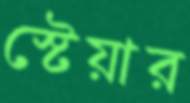
স্টেয়ার